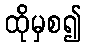
ထိုမှစ၍